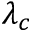
\lambda _ { c }